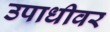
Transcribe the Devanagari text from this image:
उपाधीवर